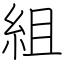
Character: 組